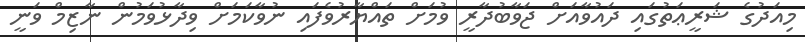
މިއަދުގެ ޝަރީޢަތުގައި ދައުވާއަށް ޖަވާބުދާރީ ވުމަށް ތައްޔާރުވެފައި ނުވާކަމަށް ވިދާޅުވަމުން ނާޒިމް ވަނީ